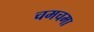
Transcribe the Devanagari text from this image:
चमचमा